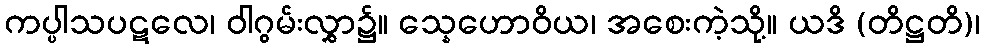
ကပ္ပါသပဋလေ၊ ဝါဂွမ်းလွှာ၌။ သ္နေဟောဝိယ၊ အစေးကဲ့သို့။ ယဒိ (တိဋ္ဌတိ)၊